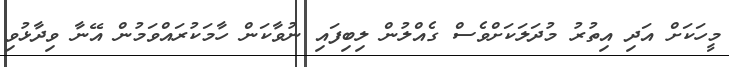
މީހަކަށް އަދި އިތުރު މުދަލަކަށްވެސް ގެއްލުން ލިބިފައި ނުވާކަން ހާމަކުރައްވަމުން އޭނާ ވިދާޅުވި